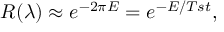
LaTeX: R ( \lambda ) \approx e ^ { - 2 \pi E } = e ^ { - E / T s t } ,